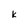
Character: K